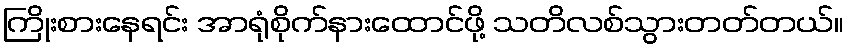
ကြိုးစားနေရင်း အာရုံစိုက်နားထောင်ဖို့ သတိလစ်သွားတတ်တယ်။